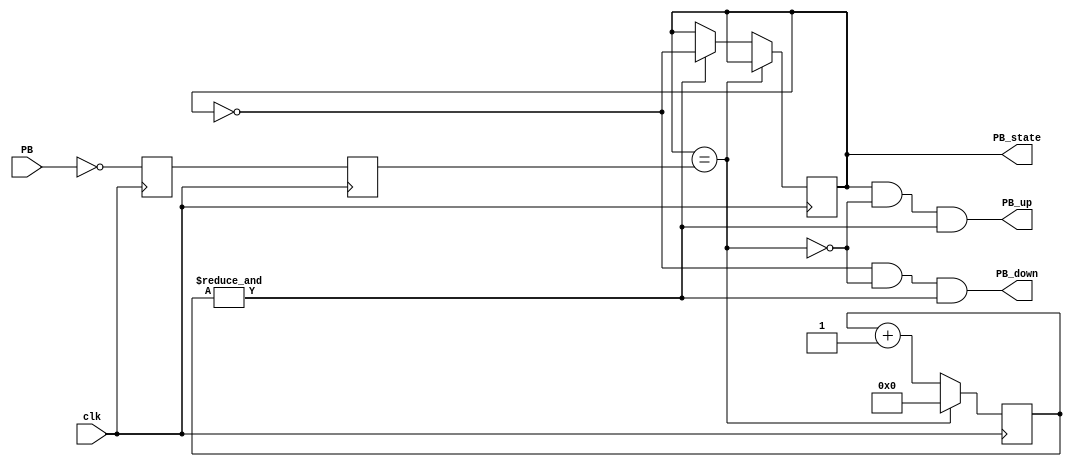
//anti rebote

module debounce(clk, PB, PB_state, PB_up, PB_down);

    input clk;  // "clk" is the clock
    input PB;  // "PB" is the glitched, asynchronous, active low push-button signal

    output PB_state;  // 1 while the push-button is active (down)
    output PB_down;  // 1 when the push-button goes down (just pushed)
    output PB_up;  // 1 when the push-button goes up (just released)

    // First use two flipflops to synchronize the PB signal the "clk" clock domain
    reg PB_sync_0;  always @(posedge clk) PB_sync_0 <= ~PB;  // invert PB to make PB_sync_0 active high
    reg PB_sync_1;  always @(posedge clk) PB_sync_1 <= PB_sync_0;

    // Next declare a 16-bits counter
    reg [15:0] PB_cnt;

    // When the push-button is pushed or released, we increment the counter
    // The counter has to be maxed out before we decide that the push-button state has changed

    reg PB_state;  // state of the push-button (0 when up, 1 when down)
    wire PB_idle = (PB_state==PB_sync_1);
    wire PB_cnt_max = &PB_cnt;	// true when all bits of PB_cnt are 1's

    always @(posedge clk)
      if(PB_idle)
        PB_cnt <= 0;  // nothing's going on
      else
      begin
        PB_cnt <= PB_cnt + 1;  // something's going on, increment the counter
        if(PB_cnt_max) PB_state <= ~PB_state;  // if the counter is maxed out, PB changed!
      end

    wire PB_down = ~PB_state & ~PB_idle & PB_cnt_max;  // true for one clock cycle when we detect that PB went down
    wire PB_up   =  PB_state & ~PB_idle & PB_cnt_max;  // true for one clock cycle when we detect that PB went up

endmodule